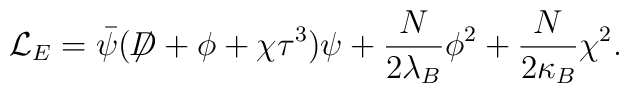
{\cal L}_E = \bar{\psi} (\not{\!\! D} + \phi + \chi \tau^3) \psi +\frac{N}{2\lambda_B} \phi^2 +  \frac{N}{2\kappa_B} \chi^2.